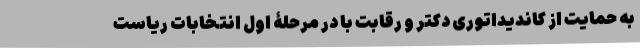
به حمایت از کاندیداتوری دکتر و رقابت با در مرحلۀ اول انتخابات ریاست